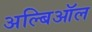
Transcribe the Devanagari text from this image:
अल्बिऑल